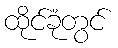
ထိုင်ခုံတွင်